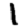
Digit: 1